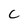
Character: C